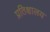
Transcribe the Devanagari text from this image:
प्रतिक्षालय